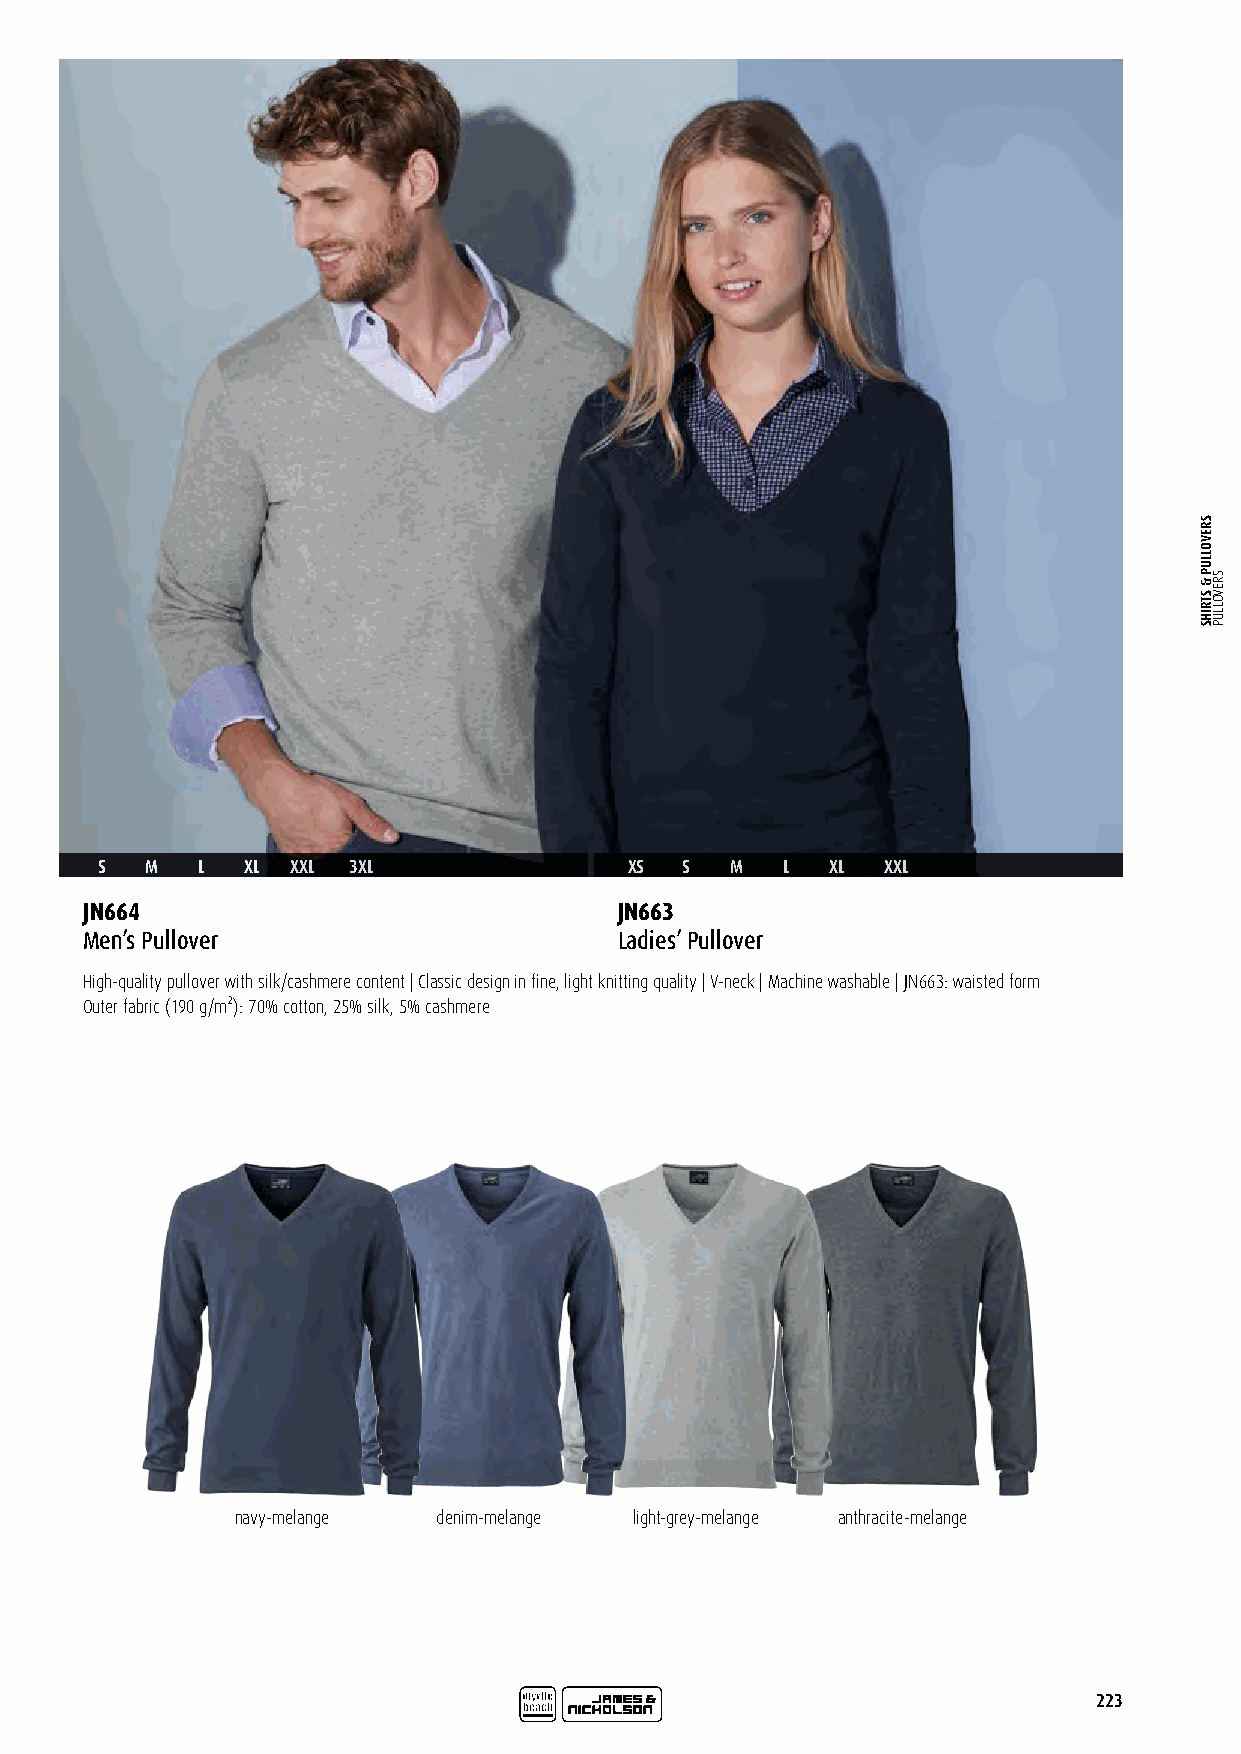
S   M  L  XL XXL 3XL                XS S  M   L  XL  XXL
 JN664                               JN663
 Men’s Pullover                      Ladies’ Pullover
 High-quality pullover with silk/cashmere content | Classic design in fine, light knitting quality | V-neck | Machine washable | JN663: waisted form
 Outer fabric (190 g/m²): 70% cotton, 25% silk, 5% cashmere
 navy-melange denim-melange light-grey-melange anthracite-melange
 223
 SREVOLLUP
 &
 STRIHS
 SREVOLLUP